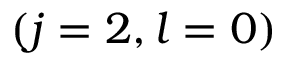
( j = 2 , l = 0 )